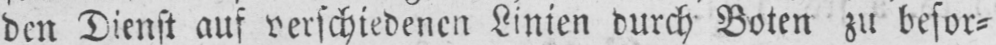
den Dienst auf verschiedenen Linien durch Boten zu besor⸗